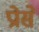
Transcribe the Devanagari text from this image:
प्रोसे